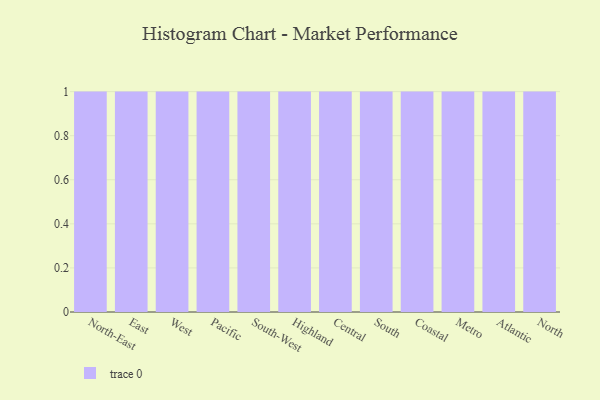
{"axis": {"x": "Region", "y": "Temperature (°C)"}, "legend": [""], "data": [{"x": "North-East", "y": 20, "type": ""}, {"x": "East", "y": 80, "type": ""}, {"x": "West", "y": 89, "type": ""}, {"x": "Pacific", "y": 78, "type": ""}, {"x": "South-West", "y": 15, "type": ""}, {"x": "Highland", "y": 20, "type": ""}, {"x": "Central", "y": 62, "type": ""}, {"x": "South", "y": 27, "type": ""}, {"x": "Coastal", "y": 3, "type": ""}, {"x": "Metro", "y": 87, "type": ""}, {"x": "Atlantic", "y": 99, "type": ""}, {"x": "North", "y": 43, "type": ""}]}